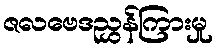
ဇလဗေဒညွှန်ကြားမှု